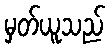
မှတ်ယူသည်